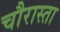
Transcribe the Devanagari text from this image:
चौरास्ता